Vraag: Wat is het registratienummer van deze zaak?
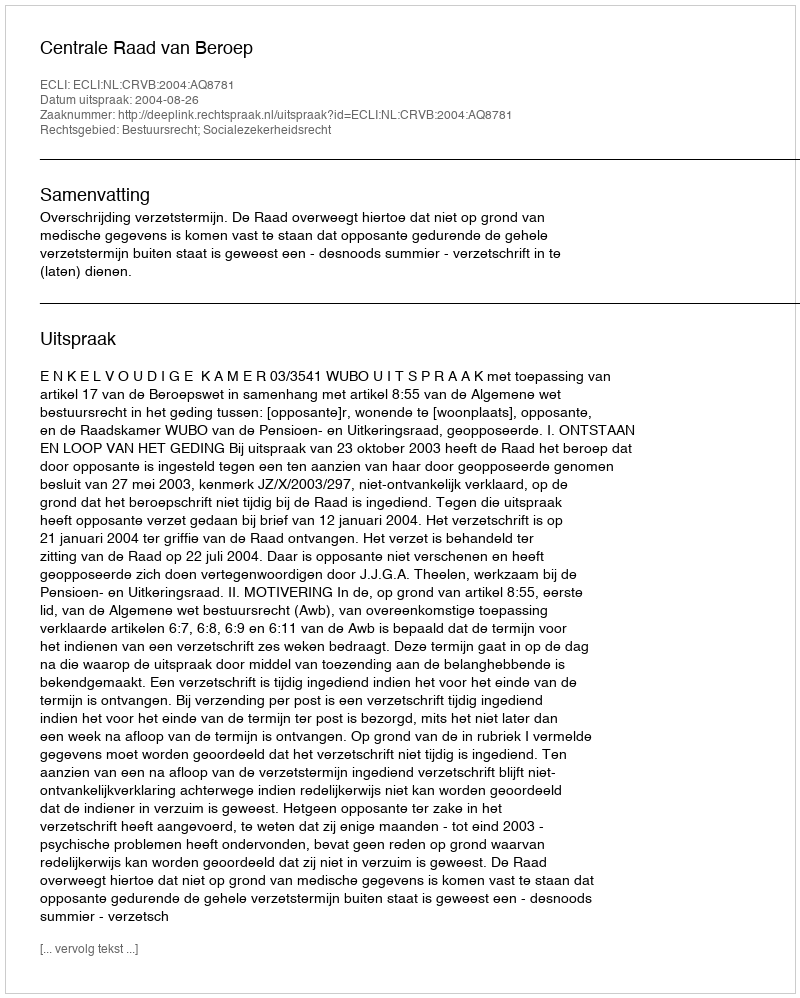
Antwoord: http://deeplink.rechtspraak.nl/uitspraak?id=ECLI:NL:CRVB:2004:AQ8781